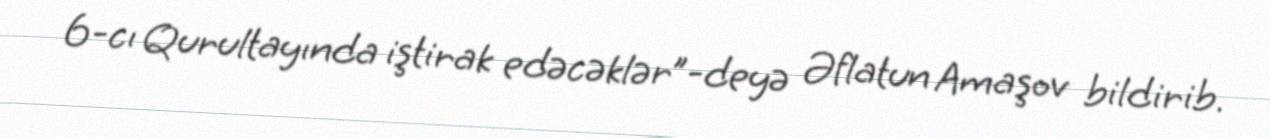
6-cı Qurultayında iştirak edəcəklər”-deyə Əflatun Amaşov bildirib.